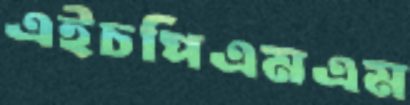
এইচপিএমএম